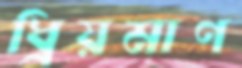
ধ্রিয়মাণ